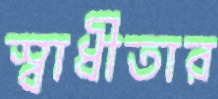
স্বাধীতার